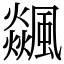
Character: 飊